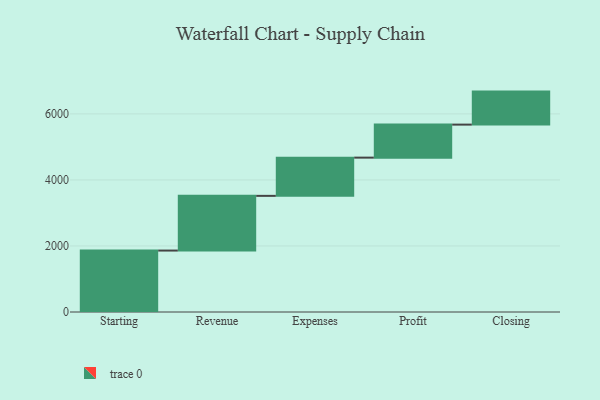
{"axis": {"x": "Step", "y": "Value"}, "legend": [""], "data": [{"x": "Starting", "y": 1861.0, "type": ""}, {"x": "Revenue", "y": 1657.0, "type": ""}, {"x": "Expenses", "y": 1158.0, "type": ""}, {"x": "Profit", "y": 1000, "type": ""}, {"x": "Closing", "y": 1000, "type": ""}]}